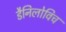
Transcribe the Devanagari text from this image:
डैनिलोविच